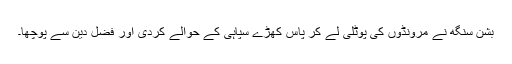
بشن سنگھ نے مرونڈوں کی پوٹلی لے کر پاس کھڑے سپاہی کے حوالے کردی اور فضل دین سے پوچھا۔